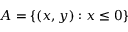
A = \{ ( x , y ) : x \leq 0 \}